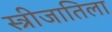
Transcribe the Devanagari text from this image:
स्त्रीजातिला